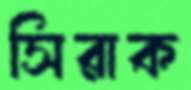
সিরাক